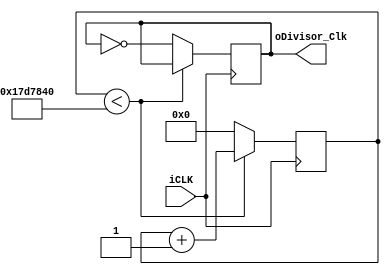
module divisor(iCLK,oDivisor_Clk);
		input iCLK;
		output reg oDivisor_Clk;
		reg [31:0] counter;
		
always@(posedge iCLK) begin
if(counter < 25000000) begin	            //1 Hz
	counter  <= counter  +  1;		//
	 oDivisor_Clk <= oDivisor_Clk ;	//
end
else begin
	 counter  <= 0;
	 oDivisor_Clk <= ~oDivisor_Clk ;	//not 
end
end
endmodule